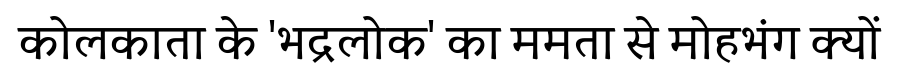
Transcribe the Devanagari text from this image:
कोलकाता के 'भद्रलोक' का ममता से मोहभंग क्यों